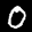
Label: 0